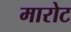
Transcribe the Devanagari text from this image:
मारोट